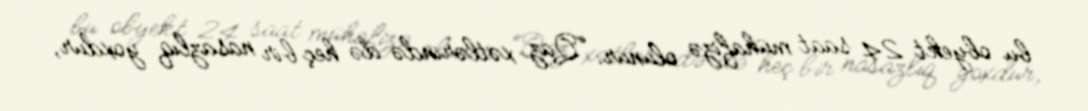
bu obyekt 24 saat mühafizə olunur: “Qaz xətlərində də heç bir nasazlıq yoxdur,